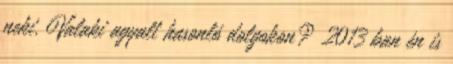
neki. Valaki agyalt hasonló dolgokon? 2013 ban én is